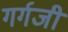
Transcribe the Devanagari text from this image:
गर्गजी